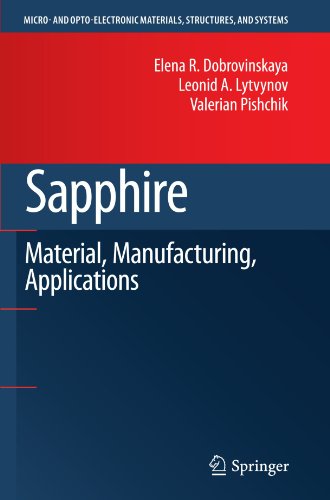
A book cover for Sapphire: Material, Manufacturing, Applications (Micro- and Opto-Electronic Materials, Structures, and Systems); Elena R. Dobrovinskaya; Engineering & Transportation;